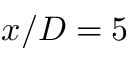
x / D = 5